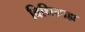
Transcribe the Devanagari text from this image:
विधिग्राह्य